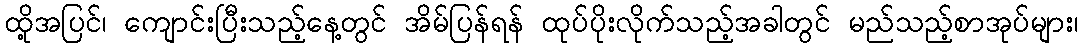
ထို့အပြင်၊ ကျောင်းပြီးသည့်နေ့တွင် အိမ်ပြန်ရန် ထုပ်ပိုးလိုက်သည့်အခါတွင် မည်သည့်စာအုပ်များ၊